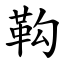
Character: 䩓